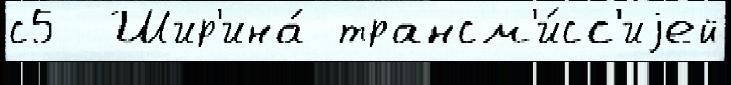
с5  Шир'ина́ трансм'и́сс'иjей